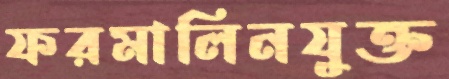
ফরমালিনযুক্ত